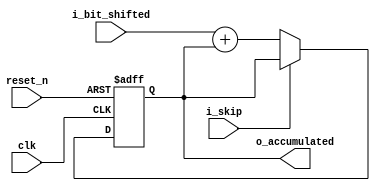
`timescale 1ns / 1ps
module accumulator(
    input         clk,
    input         reset_n,
    input         i_skip,
    input  [31:0] i_bit_shifted,
    output [31:0] o_accumulated
);

reg [31:0] r_accumulated;

always @(posedge clk or negedge reset_n) begin
    if (!reset_n) begin
        r_accumulated <= 32'd0; //check bit
    end else begin
        if (i_skip) begin
            r_accumulated <= r_accumulated;
        end else begin
            r_accumulated <= i_bit_shifted + r_accumulated;
        end
    end
end

assign o_accumulated = r_accumulated;

endmodule